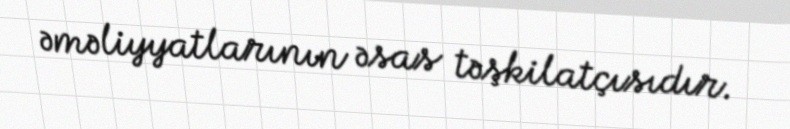
əməliyyatlarının əsas təşkilatçısıdır.